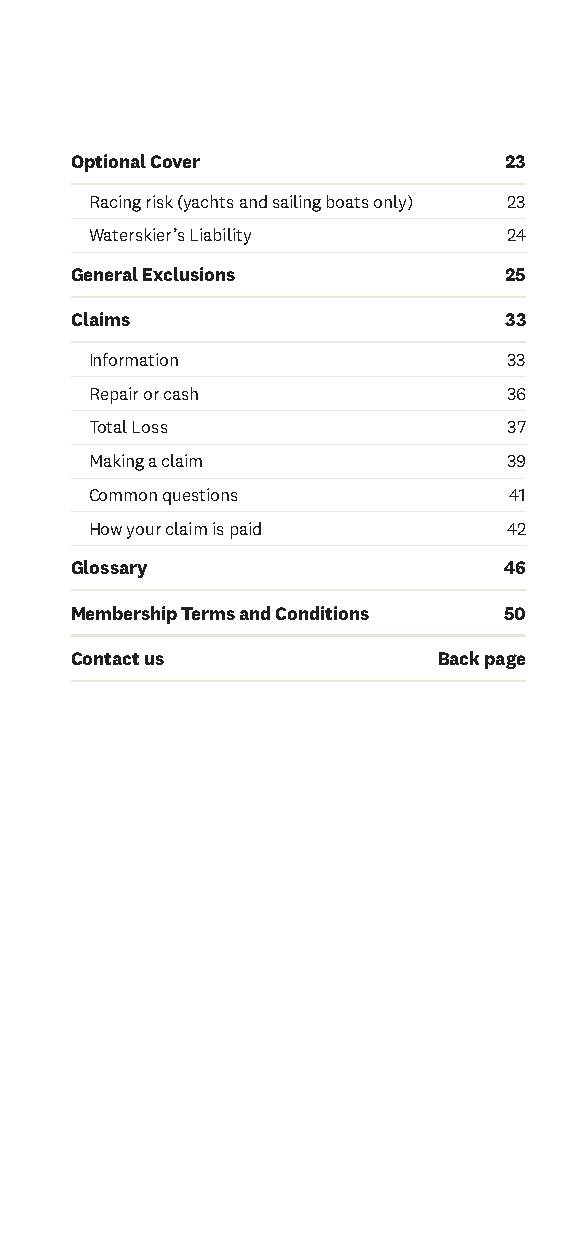
Optional Cover              23
 Racing risk (yachts and sailing boats only) 23
 Waterskier’s Liability      24
 General Exclusions          25
 Claims                      33
 Information                 33
 Repair or cash              36
 Total Loss                  37
 Making a claim              39
 Common questions            41
 How your claim is paid      42
 Glossary                    46
 Membership Terms and Conditions 50
 Contact us              Back page